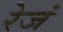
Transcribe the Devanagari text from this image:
रेजं